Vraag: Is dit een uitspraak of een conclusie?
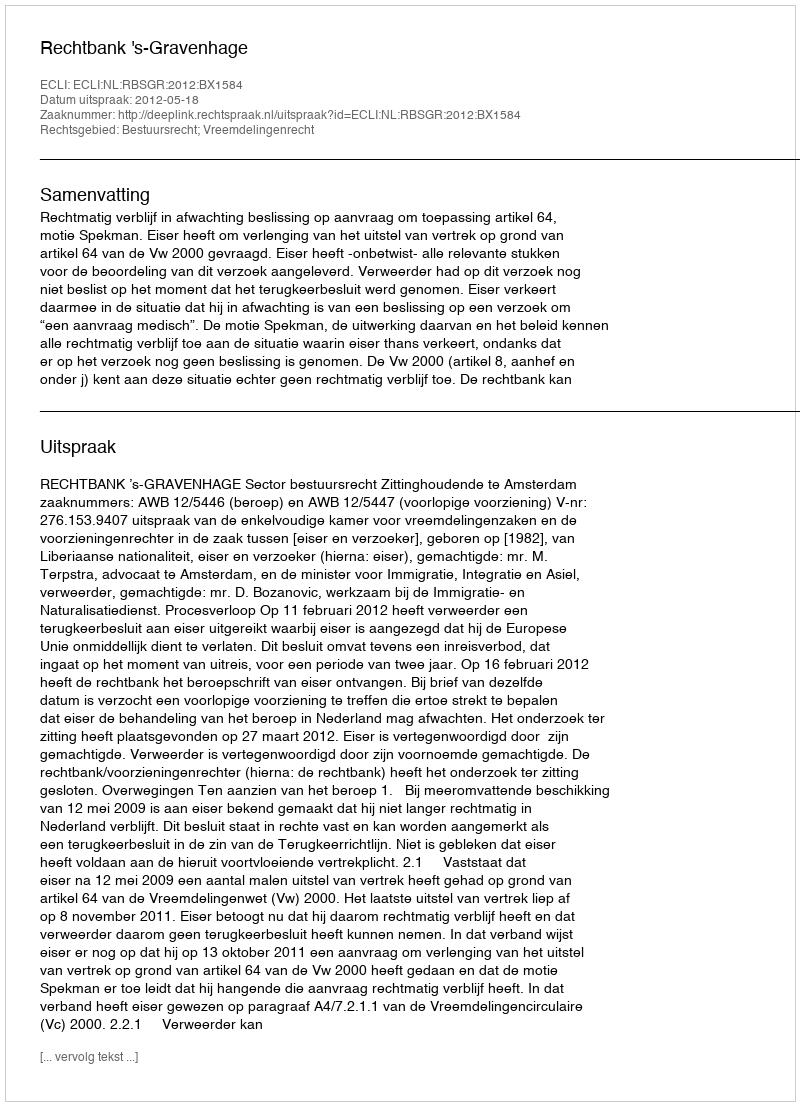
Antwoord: Uitspraak